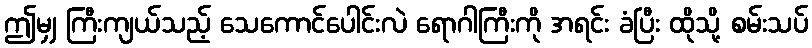
ဤမျှ ကြီးကျယ်သည့် သေကောင်ပေါင်းလဲ ရောဂါကြီးကို အရင်း ခံပြီး ထိုသို့ စမ်းသပ်